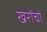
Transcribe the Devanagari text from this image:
खरोंचो